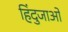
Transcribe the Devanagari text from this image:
हिंदुजाओं